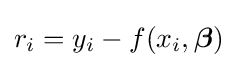
r_{i}=y_{i}-f(x_{i},{\boldsymbol {\beta }})